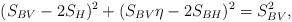
\begin{align*}(S_{BV}-2 S_H)^2+ (S_{BV} \eta - 2 S_{BH})^2=S_{BV}^2,\end{align*}